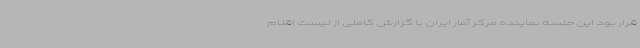
قرار بود این جلسه نماینده مرکز آمار ایران با گزارش کاملی از لیست اقلام